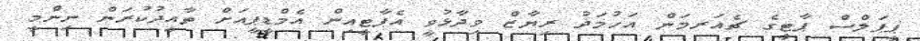
ޕީޕަލްސް ޕާޓީގެ ޗެއަރމަން އަހުމަދު ރިޔާޒް ވިދާޅުވީ އެޕާޓީއިން އެމްޑީޕީއަށް ތާއީދުކުރަން ނިންމީ